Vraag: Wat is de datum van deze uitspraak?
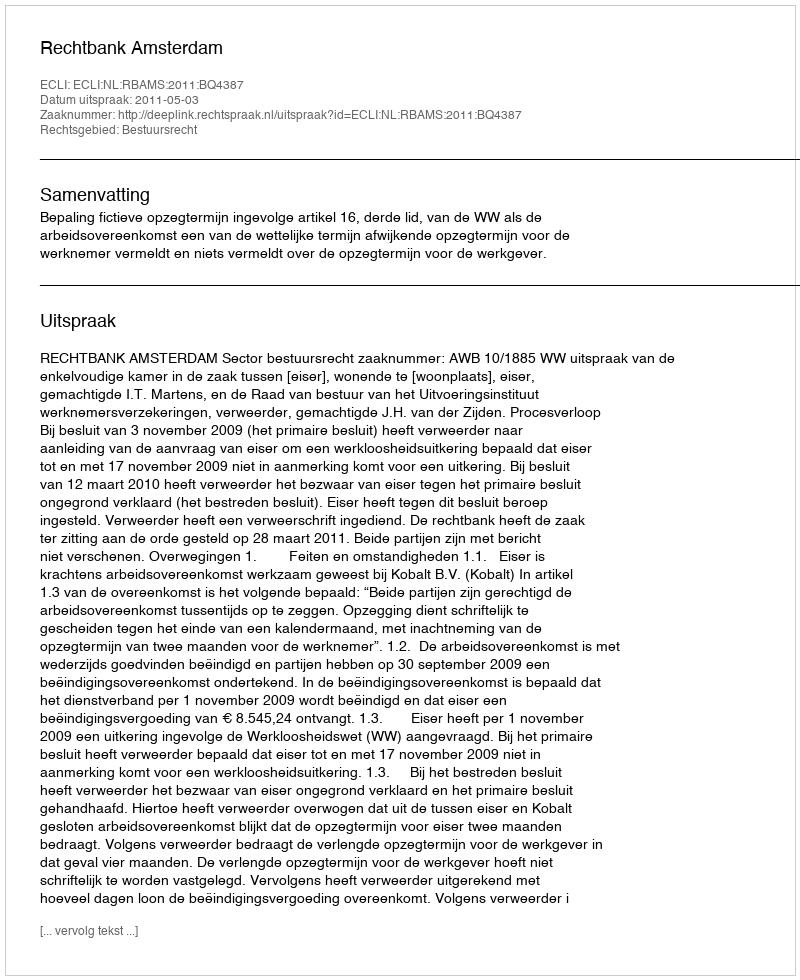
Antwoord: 2011-05-03